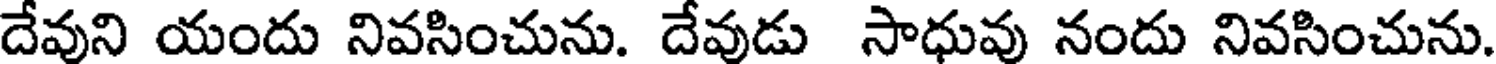
దేవుని యందు నివసించును. దేవుడు సాధువు నందు నివసించును.